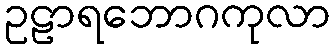
ဥဠာရဘောဂကုလာ